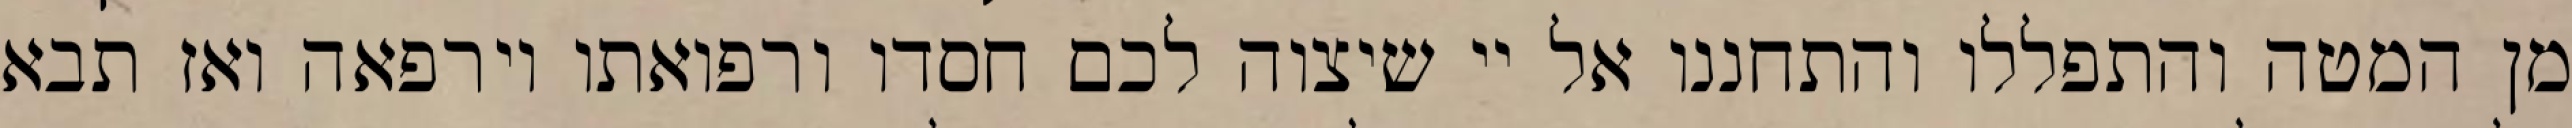
מן המטה והתפללו והתחננו אל יי שיצוה לכם חסדו ורפואתו וירפאה ואז תבא